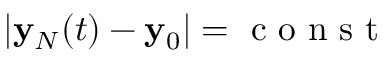
| { \bf y } _ { N } ( t ) - { \bf y } _ { 0 } | = \mathrm { ~ c ~ o ~ n ~ s ~ t ~ }